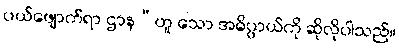
ပယ်ဖျောက်ရာ ဌာန”ဟူ သော အဓိပ္ပာယ်ကို ဆိုလိုပါသည်။